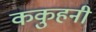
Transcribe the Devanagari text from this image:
ककुहनी